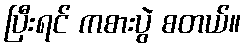
ပြီးရင် ကစားပွဲ စတယ်။